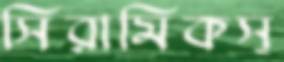
সিরামিকস্